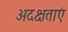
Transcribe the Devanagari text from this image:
अदक्षताएं